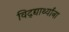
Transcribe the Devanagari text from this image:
विद्द्यार्थ्यांना